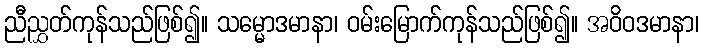
ညီညွှတ်ကုန်သည်ဖြစ်၍။ သမ္မောဒမာနာ၊ ဝမ်းမြောက်ကုန်သည်ဖြစ်၍။ အဝိဝဒမာနာ၊